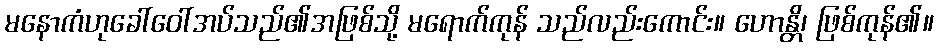
မနောကံဟုခေါ်ဝေါ်အပ်သည်၏အဖြစ်သို့ မရောက်ကုန် သည်လည်းကောင်း။ ဟောန္တိ၊ ဖြစ်ကုန်၏။